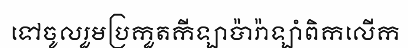
ទៅចូលរួមប្រកួតកីឡាប៉ារ៉ាឡាំពិកលើក